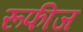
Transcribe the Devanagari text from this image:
रूफीज